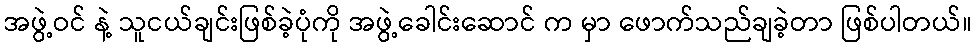
အဖွဲ့ဝင် နဲ့ သူငယ်ချင်းဖြစ်ခဲ့ပုံကို အဖွဲ့ခေါင်းဆောင် က မှာ ဖောက်သည်ချခဲ့တာ ဖြစ်ပါတယ်။